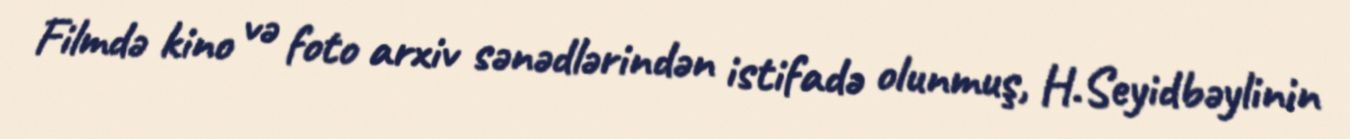
Filmdə kino və foto arxiv sənədlərindən istifadə olunmuş, H.Seyidbəylinin